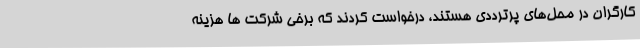
کارگران در محل‌های پرترددی هستند، درخواست کردند که برخی شرکت ‌ها هزینه